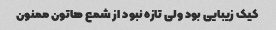
کیک زیبایی بود ولی تازه نبود از شمع هاتون ممنون